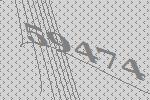
59474